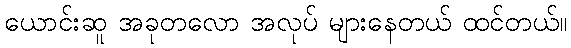
ယောင်းဆူ အခုတလော အလုပ် များနေတယ် ထင်တယ်။